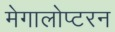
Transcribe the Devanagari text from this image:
मेगालोप्टरन